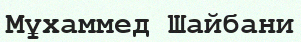
Мұхаммед Шайбани